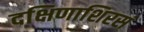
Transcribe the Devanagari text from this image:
दक्षिणाशिरसं